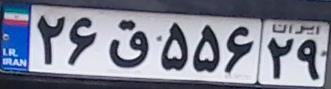
۲۶ق۵۵۶۲۹